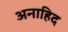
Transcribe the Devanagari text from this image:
अनाहिद